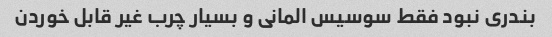
بندری نبود فقط سوسیس المانی و بسیار چرب غیر قابل خوردن